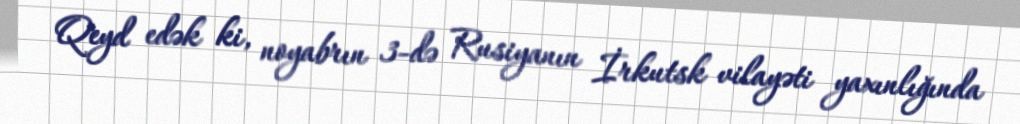
Qeyd edək ki, noyabrın 3-də Rusiyanın İrkutsk vilayəti yaxınlığında